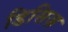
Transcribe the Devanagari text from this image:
डिसिज़